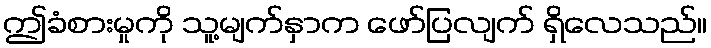
ဤခံစားမှုကို သူ့မျက်နှာက ဖော်ပြလျက် ရှိလေသည်။